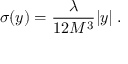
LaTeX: \sigma ( y ) = \frac { \lambda } { 1 2 M ^ { 3 } } | y | \; .